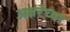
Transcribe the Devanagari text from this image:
अक्षरेच्या